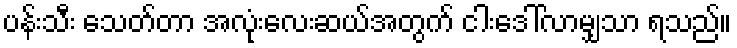
ပန်းသီး သေတ်တာ အလုံးလေးဆယ်အတွက် ငါးဒေါ်လာမျှသာ ရသည်။